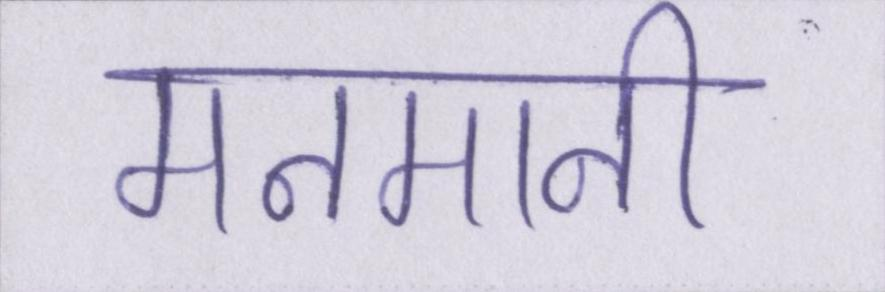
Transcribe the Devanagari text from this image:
मनमानी